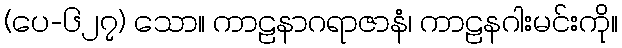
(ပေ-၆၂၇) သော။ ကာဠနာဂရာဇာနံ၊ ကာဠနဂါးမင်းကို။